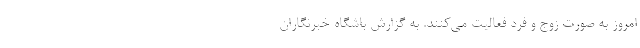
امروز به صورت زوج و فرد فعالیت می‌کنند. به گزارش باشگاه خبرنگاران